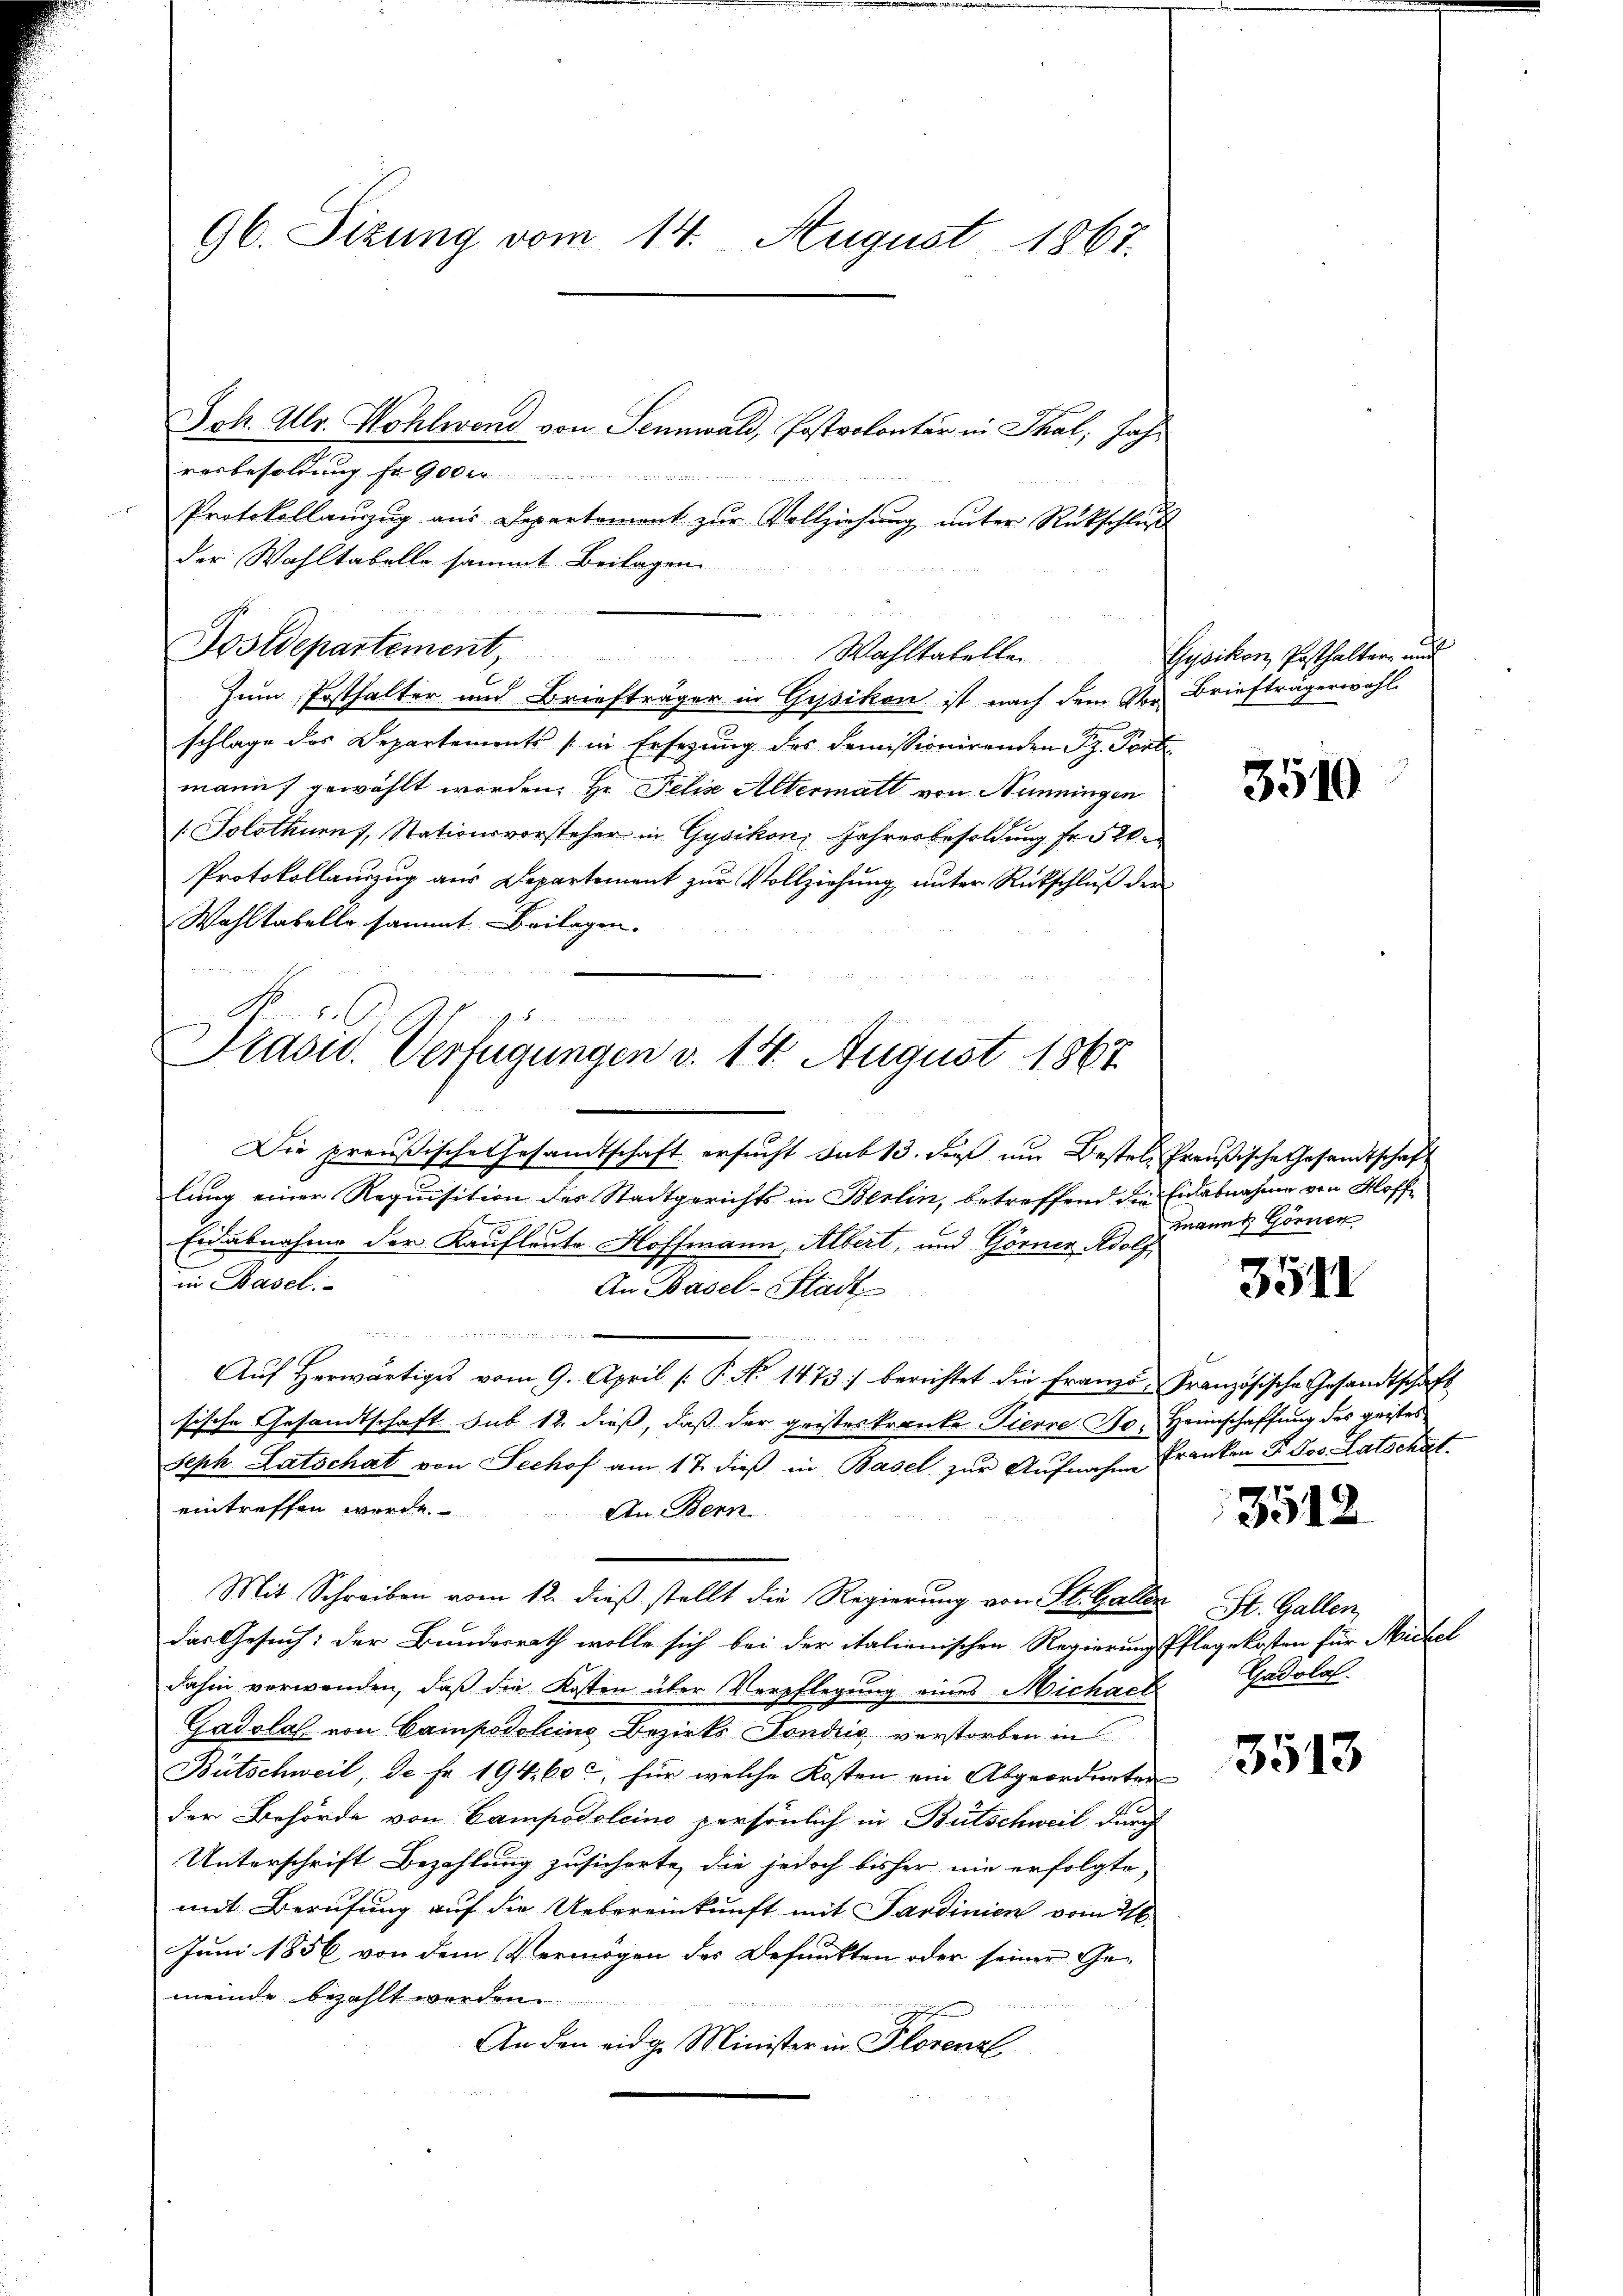
96. Sizung vom 14. August 1867.

Joh. Ulr. Wohlwond von Sennwald, Postrolontär in Thal, Jahrosbesoldung Er 900
Protokollauszug aus Departement zur Vollziehung unter Rückschluß
der Wahltabelle sammt Beilagen
Dostdepartement, Wahltatellen
.
Zum Posthalter und Briefträger in Gysikon ist nach dem Vor Briefträgerwahl
schlage des Departements (in Ersezung des demissionirenden Sz. Porte
mann gewählt worden. Hr. Felis Altermatt von Hunningen
/Solothurn, Stationsvorsteher in Gysikon, Jahresbesoldung fr. 520.
Protokollauszug aus Departement zur Vollziehung unter Rückschluß der
Wohltabelle sammt Beilagen.

ttat die |
Srasid. Verfügungen v. 14 August 1867

Gysikon, Posthaltern und

Die preußische Gesandtschaft ersucht sub 13. daß um Bestel Preußische Gesandtschaft
lung einer Requisition des Stadtgerichts in Berlin, betreffend die Einabnahme von Hoff¬
Eidabnahme der Kaufleute Hoffmann, Albert, und Görner Adolf
in Basel
An Basel-Stadt
ee in
Aŭf herwärtiges vom 9. April /: P. N. 1473) berichtet die Franzö- Französische Gesandtschaft
sische Gesandtschaft sub 12. dieß, daß der geisteskranke Pierre. So, Heimschaffung des geistes
Seph Latschat von Sechof am 17. dieβ in Basel zŭr Aŭfnahme Franken P. Jos. Latschat.
eintreffen werde.
An Bern
Mit Schreiben vom 12. dieβ stellt die Regierung von St. Galler St. Gallen,
das Gesuch: der Bundesrath wolle sich bei der italienischen Regierung Pflegekosten für Michel
dahin verwenden, daß die Kosten über Verpflegung eines Michael
Gadolal von Campodoleine Bezirks- Fondiis verstorben in
Bütschweil, de Fr. 194, 60, für welche Kosten ein Abgeordneten
der Behörde von Campodolcino persönlich in Bütschweil durch
Unterschrift Bezahlung zusicherte, die jedoch bisher nie erfolgte,
mit Berufung auf die Uebereinkunft mit Sardinien vom 26.
Juni 1856 von dem Vermögen des Befunkten oder seiner Ge-
meinde bezahlt werden.
An den eidg. Minister in Florenzl

3510

mann Görner

3511

3512

Gadolal.

3513